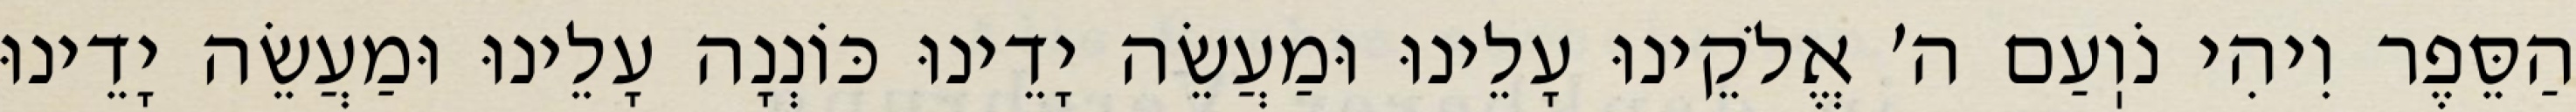
הַסֵּפֶר וִיהִי נֹוֽעַם ה׳ אֱלֹקֵינוּ עָלֵינוּ וּמַעֲשֵׂה יָדֵינוּ כּוֹנְנָה עָלֵינוּ וּמַעֲשֵׂה יָדֵינוּ